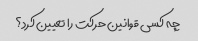
چه کسی قوانین حرکت را تعیین کرد؟